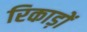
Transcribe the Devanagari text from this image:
रिकाड़ों